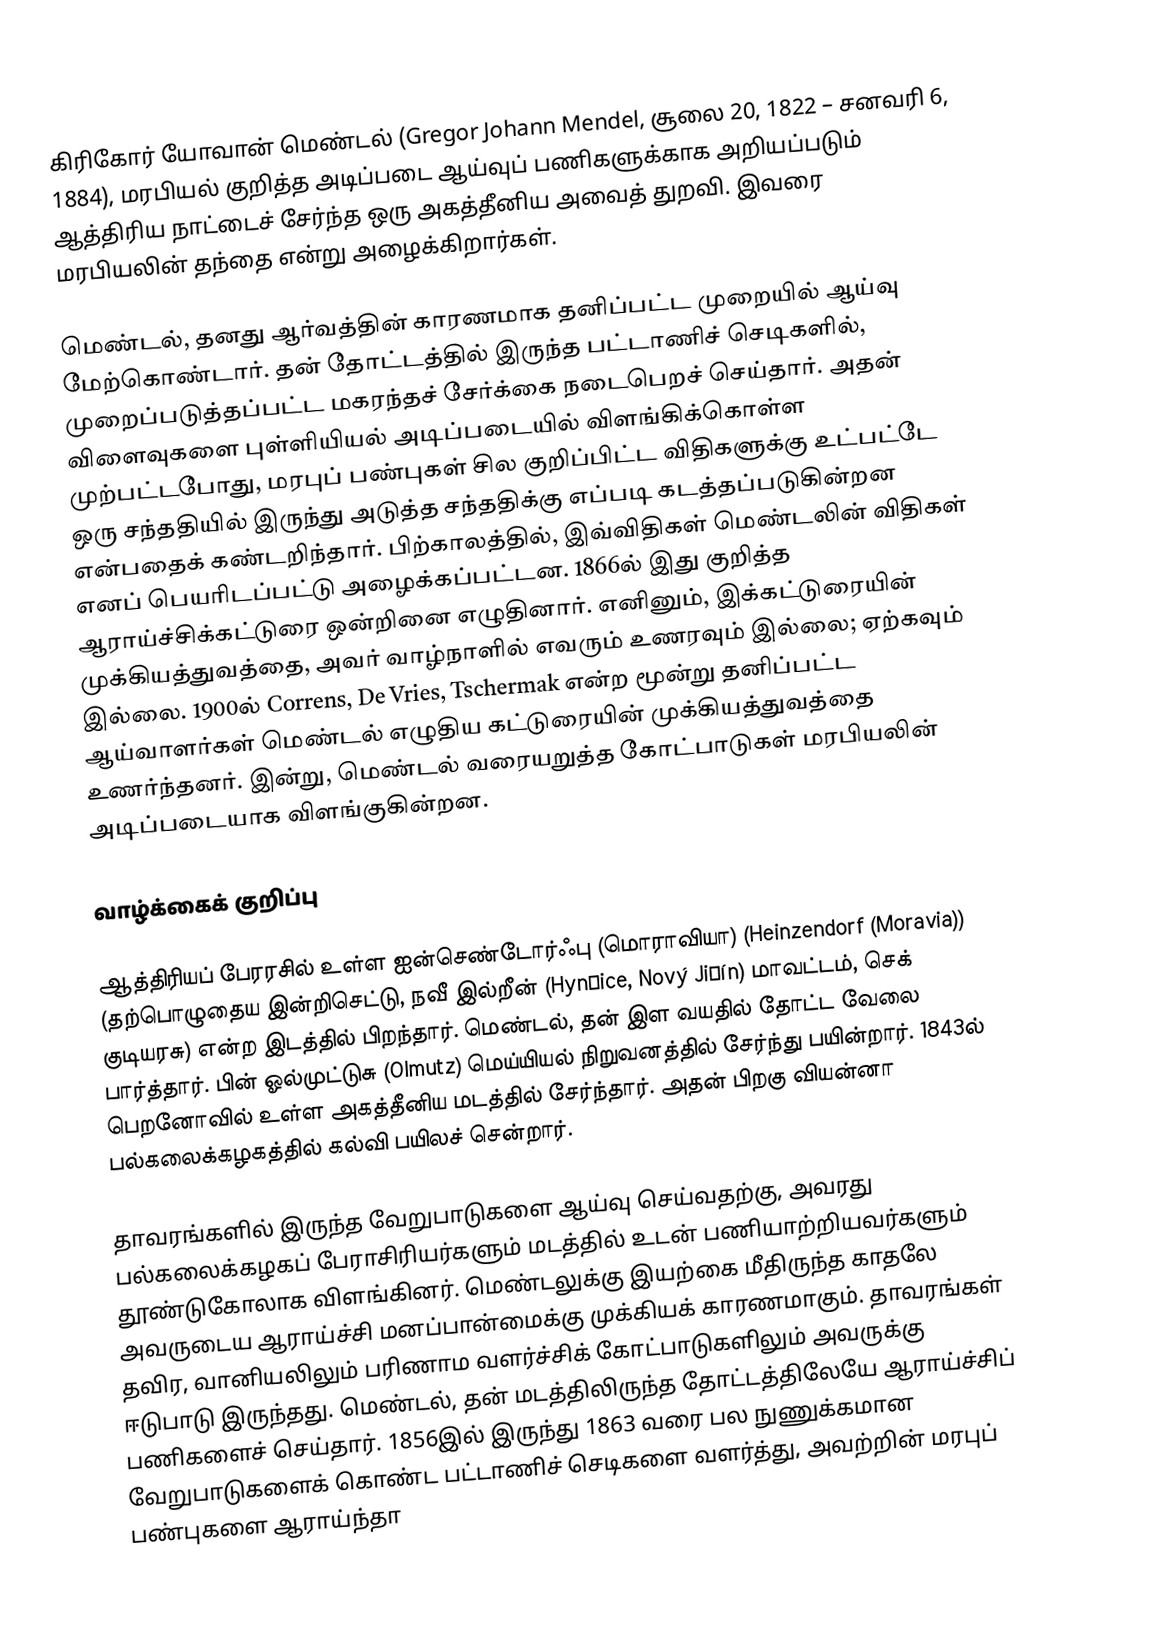
கிரிகோர் யோவான் மெண்டல் (Gregor Johann Mendel, சூலை 20, 1822 – சனவரி 6, 1884), மரபியல் குறித்த அடிப்படை ஆய்வுப் பணிகளுக்காக அறியப்படும் ஆத்திரிய நாட்டைச் சேர்ந்த ஒரு அகத்தீனிய அவைத் துறவி. இவரை மரபியலின் தந்தை என்று அழைக்கிறார்கள்.

மெண்டல், தனது ஆர்வத்தின் காரணமாக தனிப்பட்ட முறையில் ஆய்வு மேற்கொண்டார். தன் தோட்டத்தில் இருந்த பட்டாணிச் செடிகளில், முறைப்படுத்தப்பட்ட மகரந்தச் சேர்க்கை நடைபெறச் செய்தார். அதன் விளைவுகளை  புள்ளியியல் அடிப்படையில் விளங்கிக்கொள்ள முற்பட்டபோது, மரபுப் பண்புகள் சில குறிப்பிட்ட விதிகளுக்கு உட்பட்டே ஒரு சந்ததியில் இருந்து அடுத்த சந்ததிக்கு எப்படி கடத்தப்படுகின்றன என்பதைக் கண்டறிந்தார். பிற்காலத்தில், இவ்விதிகள்  மெண்டலின் விதிகள் எனப் பெயரிடப்பட்டு அழைக்கப்பட்டன. 1866ல் இது குறித்த ஆராய்ச்சிக்கட்டுரை ஒன்றினை எழுதினார். எனினும், இக்கட்டுரையின் முக்கியத்துவத்தை, அவர் வாழ்நாளில் எவரும் உணரவும் இல்லை; ஏற்கவும் இல்லை. 1900ல் Correns, De Vries, Tschermak என்ற மூன்று தனிப்பட்ட ஆய்வாளர்கள் மெண்டல் எழுதிய கட்டுரையின் முக்கியத்துவத்தை உணர்ந்தனர். இன்று, மெண்டல் வரையறுத்த கோட்பாடுகள் மரபியலின் அடிப்படையாக விளங்குகின்றன.

வாழ்க்கைக் குறிப்பு

ஆத்திரியப் பேரரசில் உள்ள ஐன்செண்டோர்ஃபு (மொராவியா) (Heinzendorf (Moravia)) (தற்பொழுதைய இன்றிசெட்டு, நவீ இல்றீன் (Hynčice, Nový Jičín)  மாவட்டம், செக் குடியரசு) என்ற இடத்தில் பிறந்தார். மெண்டல், தன் இள வயதில் தோட்ட வேலை பார்த்தார். பின் ஓல்முட்டுசு (Olmutz) மெய்யியல் நிறுவனத்தில் சேர்ந்து பயின்றார். 1843ல் பெறனோவில் உள்ள அகத்தீனிய மடத்தில் சேர்ந்தார். அதன் பிறகு வியன்னா பல்கலைக்கழகத்தில் கல்வி பயிலச் சென்றார்.

தாவரங்களில் இருந்த வேறுபாடுகளை ஆய்வு செய்வதற்கு, அவரது பல்கலைக்கழகப் பேராசிரியர்களும் மடத்தில் உடன் பணியாற்றியவர்களும் தூண்டுகோலாக விளங்கினர். மெண்டலுக்கு இயற்கை மீதிருந்த காதலே அவருடைய ஆராய்ச்சி மனப்பான்மைக்கு முக்கியக் காரணமாகும். தாவரங்கள் தவிர, வானியலிலும் பரிணாம வளர்ச்சிக் கோட்பாடுகளிலும் அவருக்கு ஈடுபாடு இருந்தது. மெண்டல், தன் மடத்திலிருந்த தோட்டத்திலேயே ஆராய்ச்சிப் பணிகளைச் செய்தார். 1856இல் இருந்து 1863 வரை பல நுணுக்கமான வேறுபாடுகளைக் கொண்ட பட்டாணிச் செடிகளை வளர்த்து, அவற்றின் மரபுப் பண்புகளை ஆராய்ந்தா